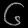
Digit: ၆